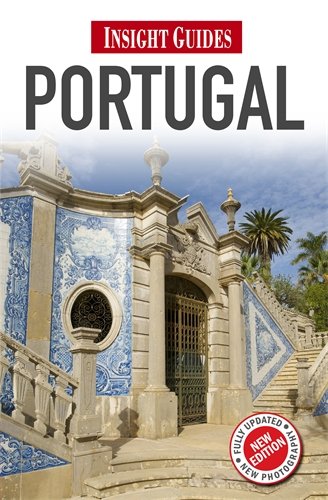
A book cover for Portugal (Insight Guides); Insight Guides; Travel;